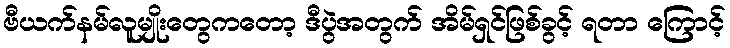
ဗီယက်နမ်လူမျိုးတွေကတော့ ဒီပွဲအတွက် အိမ်ရှင်ဖြစ်ခွင့် ရတာ ကြောင့်